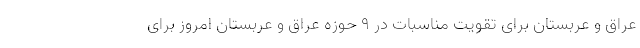
عراق و عربستان برای تقویت مناسبات در ۹ حوزه عراق و عربستان امروز برای